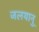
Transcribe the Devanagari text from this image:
जलयानु